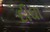
દીઘા